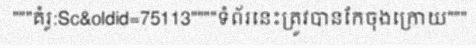
"""គំរូ:Sc&oldid=75113""""ទំព័រនេះត្រូវបានកែចុងក្រោយ"""